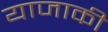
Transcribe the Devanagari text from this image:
याजाकी